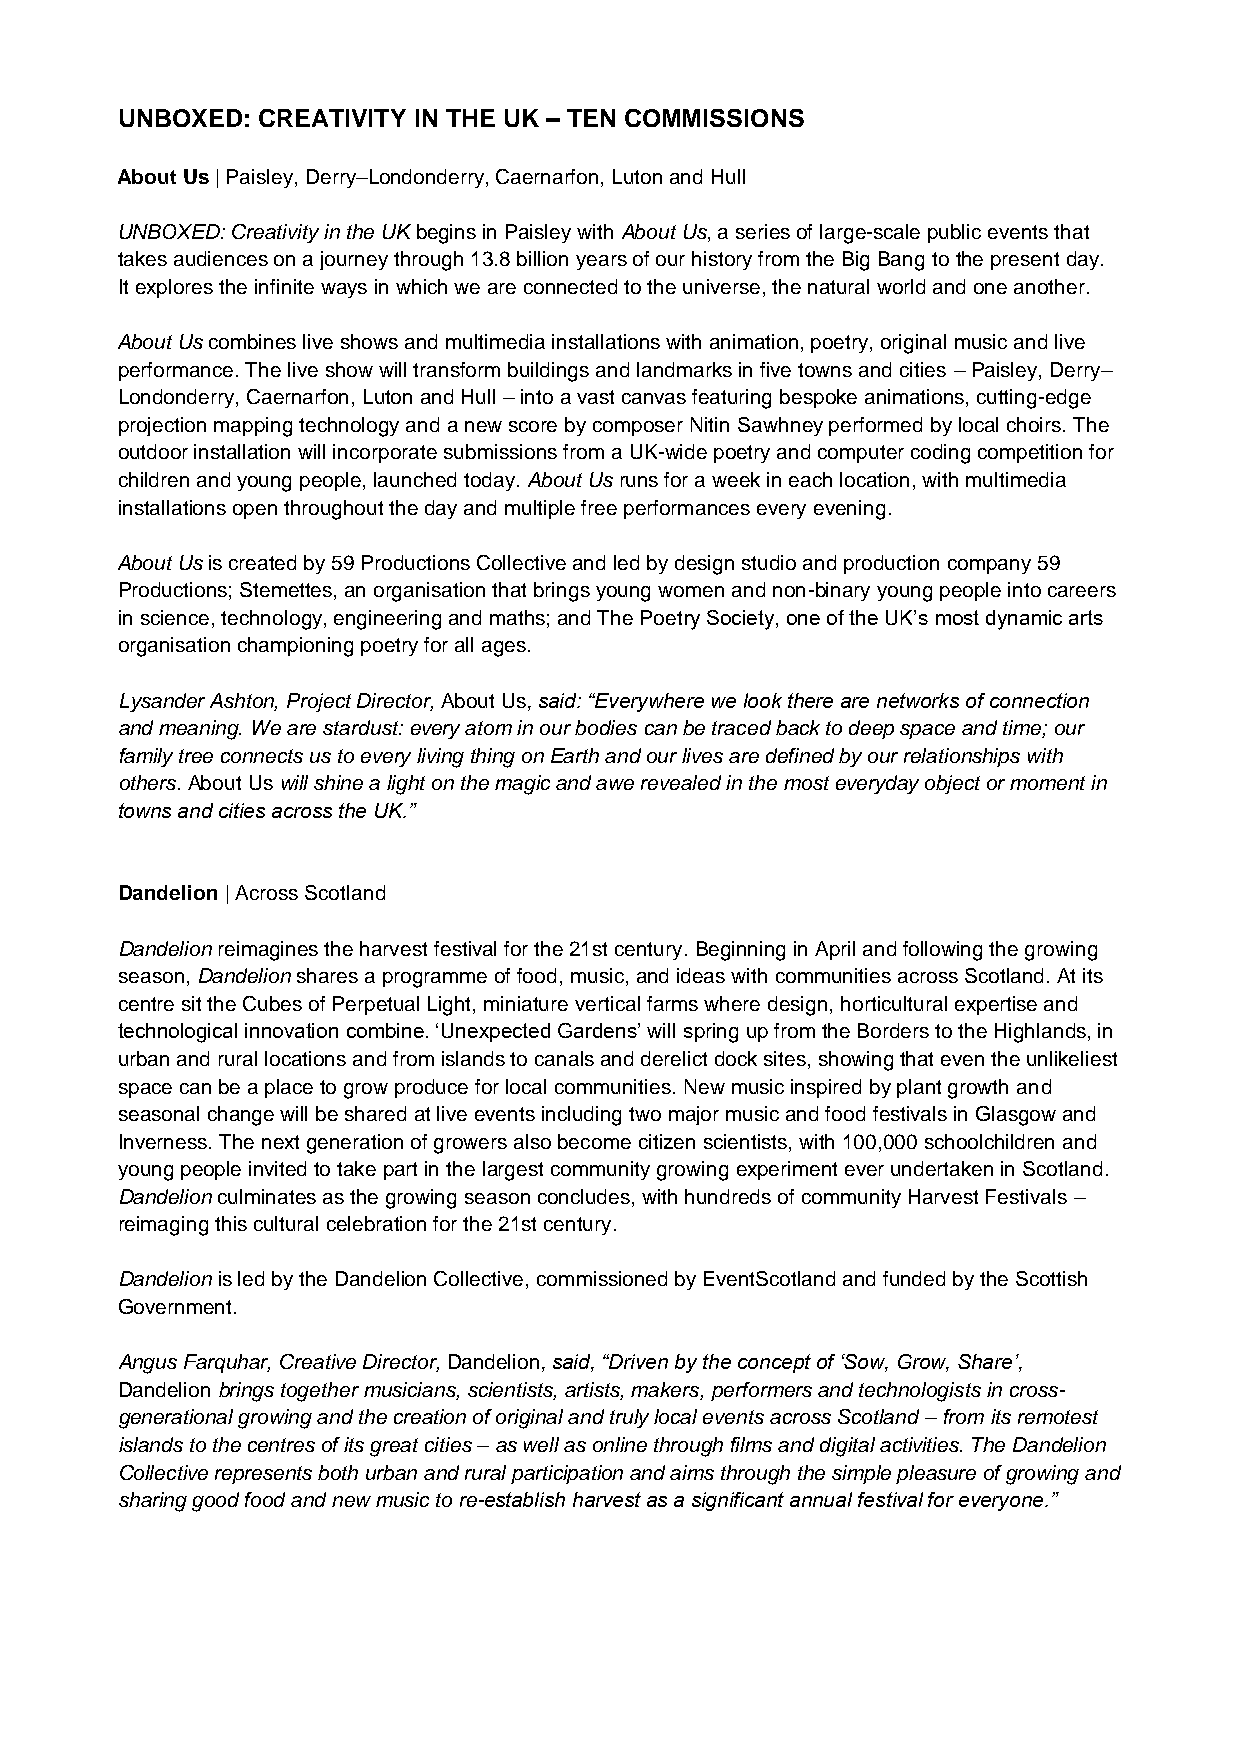
UNBOXED: CREATIVITY IN THE UK – TEN COMMISSIONS
 About Us | Paisley, Derry–Londonderry, Caernarfon, Luton and Hull
 UNBOXED: Creativity in the UK begins in Paisley with About Us, a series of large-scale public events that
 takes audiences on a journey through 13.8 billion years of our history from the Big Bang to the present day.
 It explores the infinite ways in which we are connected to the universe, the natural world and one another.
 About Us combines live shows and multimedia installations with animation, poetry, original music and live
 performance. The live show will transform buildings and landmarks in five towns and cities – Paisley, Derry–
 Londonderry, Caernarfon, Luton and Hull – into a vast canvas featuring bespoke animations, cutting-edge
 projection mapping technology and a new score by composer Nitin Sawhney performed by local choirs. The
 outdoor installation will incorporate submissions from a UK-wide poetry and computer coding competition for
 children and young people, launched today. About Us runs for a week in each location, with multimedia
 installations open throughout the day and multiple free performances every evening.
 About Us is created by 59 Productions Collective and led by design studio and production company 59
 Productions; Stemettes, an organisation that brings young women and non-binary young people into careers
 in science, technology, engineering and maths; and The Poetry Society, one of the UK’s most dynamic arts
 organisation championing poetry for all ages.
 Lysander Ashton, Project Director, About Us, said: “Everywhere we look there are networks of connection
 and meaning. We are stardust: every atom in our bodies can be traced back to deep space and time; our
 family tree connects us to every living thing on Earth and our lives are defined by our relationships with
 others. About Us will shine a light on the magic and awe revealed in the most everyday object or moment in
 towns and cities across the UK.”
 Dandelion | Across Scotland
 Dandelion reimagines the harvest festival for the 21st century. Beginning in April and following the growing
 season, Dandelion shares a programme of food, music, and ideas with communities across Scotland. At its
 centre sit the Cubes of Perpetual Light, miniature vertical farms where design, horticultural expertise and
 technological innovation combine. ‘Unexpected Gardens’ will spring up from the Borders to the Highlands, in
 urban and rural locations and from islands to canals and derelict dock sites, showing that even the unlikeliest
 space can be a place to grow produce for local communities. New music inspired by plant growth and
 seasonal change will be shared at live events including two major music and food festivals in Glasgow and
 Inverness. The next generation of growers also become citizen scientists, with 100,000 schoolchildren and
 young people invited to take part in the largest community growing experiment ever undertaken in Scotland.
 Dandelion culminates as the growing season concludes, with hundreds of community Harvest Festivals –
 reimaging this cultural celebration for the 21st century.
 Dandelion is led by the Dandelion Collective, commissioned by EventScotland and funded by the Scottish
 Government.
 Angus Farquhar, Creative Director, Dandelion, said, “Driven by the concept of ‘Sow, Grow, Share’,
 Dandelion brings together musicians, scientists, artists, makers, performers and technologists in cross-
 generational growing and the creation of original and truly local events across Scotland – from its remotest
 islands to the centres of its great cities – as well as online through films and digital activities. The Dandelion
 Collective represents both urban and rural participation and aims through the simple pleasure of growing and
 sharing good food and new music to re-establish harvest as a significant annual festival for everyone.”